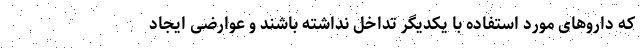
که داروهای مورد استفاده با یکدیگر تداخل نداشته باشند و عوارضی ایجاد